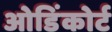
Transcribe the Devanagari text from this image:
ओडिंकोर्ट